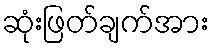
ဆုံးဖြတ်ချက်အား